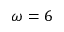
\omega = 6